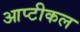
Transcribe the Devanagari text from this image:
आप्टीकल